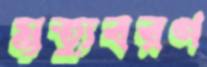
মৃত্যুবরণ